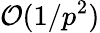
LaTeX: \mathcal{O}(1/p^{2})